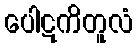
ပေါဋကိတူလံ